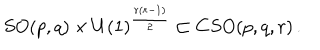
S O ( p , q ) \times U ( 1 ) ^ { \frac { r \left( r - 1 \right) } { 2 } } \subset C S O ( p , q , r ) \, .